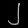
Digit: ၂